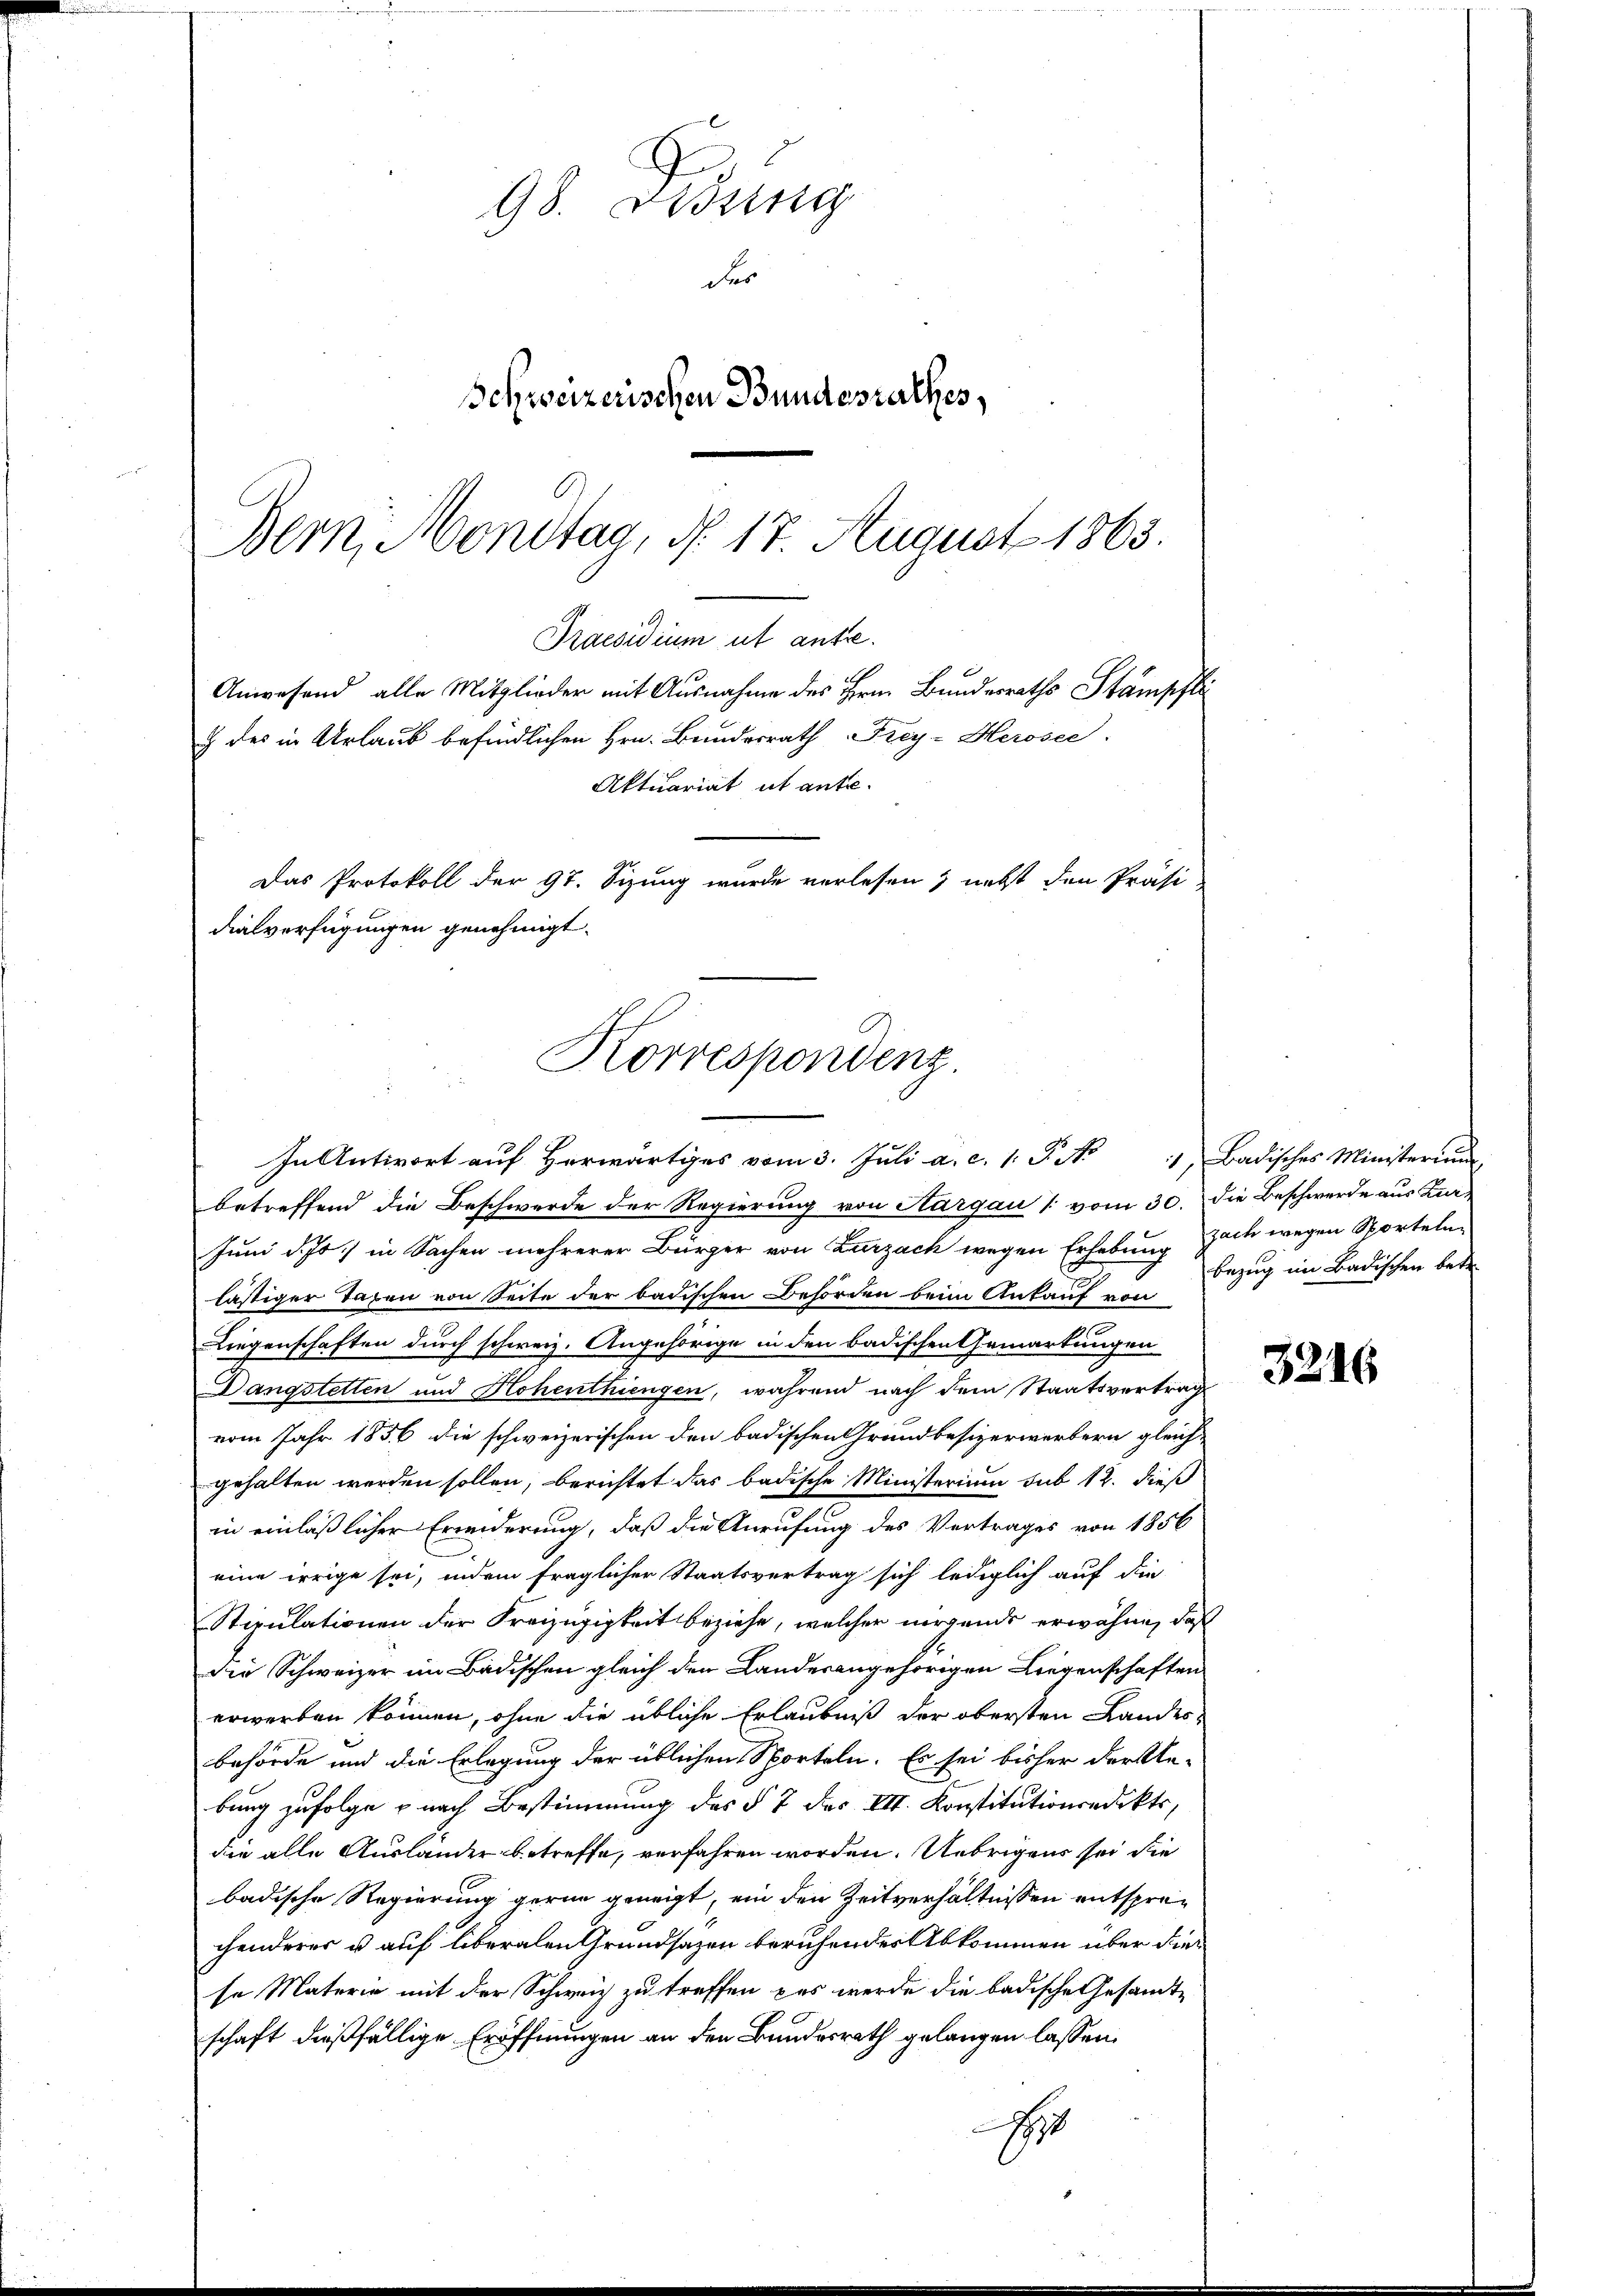
98. Didung
der
Schweizerischen Bundesrathes,
Bern, Montag, d. 17. August 1863.

Praesidium ut ausse.
Anwesend alle Mitglieder mit Ausnahme des Hrn. Bundesraths Stämpfli
§ des in Urlaub befindlichen Hrn. Bundesrath Frey-Herosee.
Aktuariat ut ante.
Das Protokoll der 97. Sizung wurde verlesen, nebst den Präsi-
dialverfügungen genehmigt.
Korrespondenz.
In Antwort auf Herwärtiges vom 3. Juli a. c. 1. P. No 1, Badisches Ministerium

betreffend die Beschwerde der Regierung von Aargau (vom 30. Die Beschwerde aus Zur
Juni d. Js. in Sachen mehrerer Bürger von Zurzach wegen Erhebung Zach wegen Sporteln
lästiger Taxen von Seite der badischen Behörden beim Ankauf von
Liegenschaften durch schweiz. Angehörige in den badischen Gemarkungen
Dangstetten und Hohenthiengen, während nach dem Staatsvertrag
vom Jahr 1856 die schweizerischen den badischen Grundbesizerwerbern gleich-
gehalten werden sollen, berichtet das badische Ministerium sub 12. dieß
in einläßlicher Erwiderung, daß die Anrufung des Vertrages von 1856
eine irrige sei, indem fraglicher Staatsvertrag sich lediglich auf die
Stipulationen der Kreizügigkeit beziehe, welcher nirgends erwähne, daß
die Schweizer im Badischen gleich den Landesangehörigen Liegenschaften
erwerben können, ohne die übliche Erlaubniß der obersten Landes-
behörde und die Erlegung der üblichen Sporteln. Es sei bisher der An-
bung zufolge nach Bestimmung des § 7 des III. Konstitutionsedekts,
die alle Ausländer betreffe, verfahren worden. Uebrigens sei die
badische Regierung gerne geneigt, ein den Zeitverhältnissen entsprechenderes u. auf überalen Grundsazen beruhendes Abkommen über dies
se Materie mit der Schweiz zu treffen, das werde die badische Gesandtschaft dießfällige Eröffnungen an den Bundesrath gelangen lassen,
H

Bezug im Badischen betr.

3216